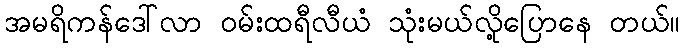
အမရိကန်ဒေါ်လာ ဝမ်းထရီလီယံ သုံးမယ်လို့ပြောနေ တယ်။